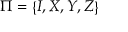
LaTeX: \Pi = \left\{ I , X , Y , Z \right\}